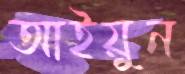
আইয়ুন